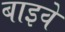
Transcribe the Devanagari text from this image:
बाइवे